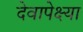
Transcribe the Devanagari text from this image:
देवापेक्ष्या